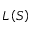
L \left( S \right)